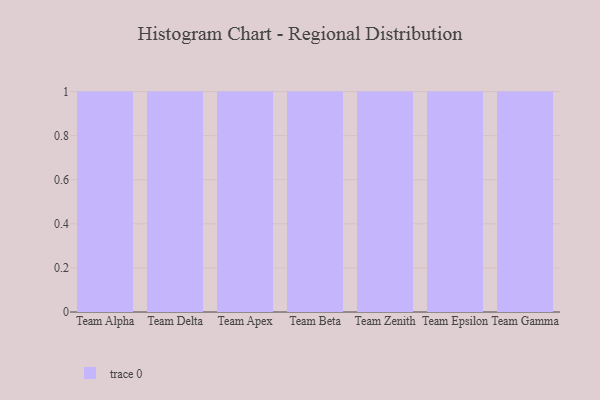
{"axis": {"x": "Team", "y": "Bounce Rate (%)"}, "legend": [""], "data": [{"x": "Team Alpha", "y": 41, "type": ""}, {"x": "Team Delta", "y": 29, "type": ""}, {"x": "Team Apex", "y": 23, "type": ""}, {"x": "Team Beta", "y": 12, "type": ""}, {"x": "Team Zenith", "y": 77, "type": ""}, {"x": "Team Epsilon", "y": 53, "type": ""}, {"x": "Team Gamma", "y": 32, "type": ""}]}